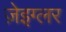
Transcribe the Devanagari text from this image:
ज़ेइग्लर